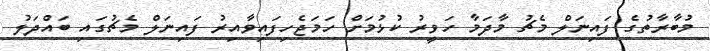
މުބާރާތުގެ ފައިނަލް މެޗު މާދަމާ ހަވީރު ކުޅުމަށް ހަމަޖެހިފައިވާއިރު ފައިނަލް މެޗުގައި ބައްދަލު